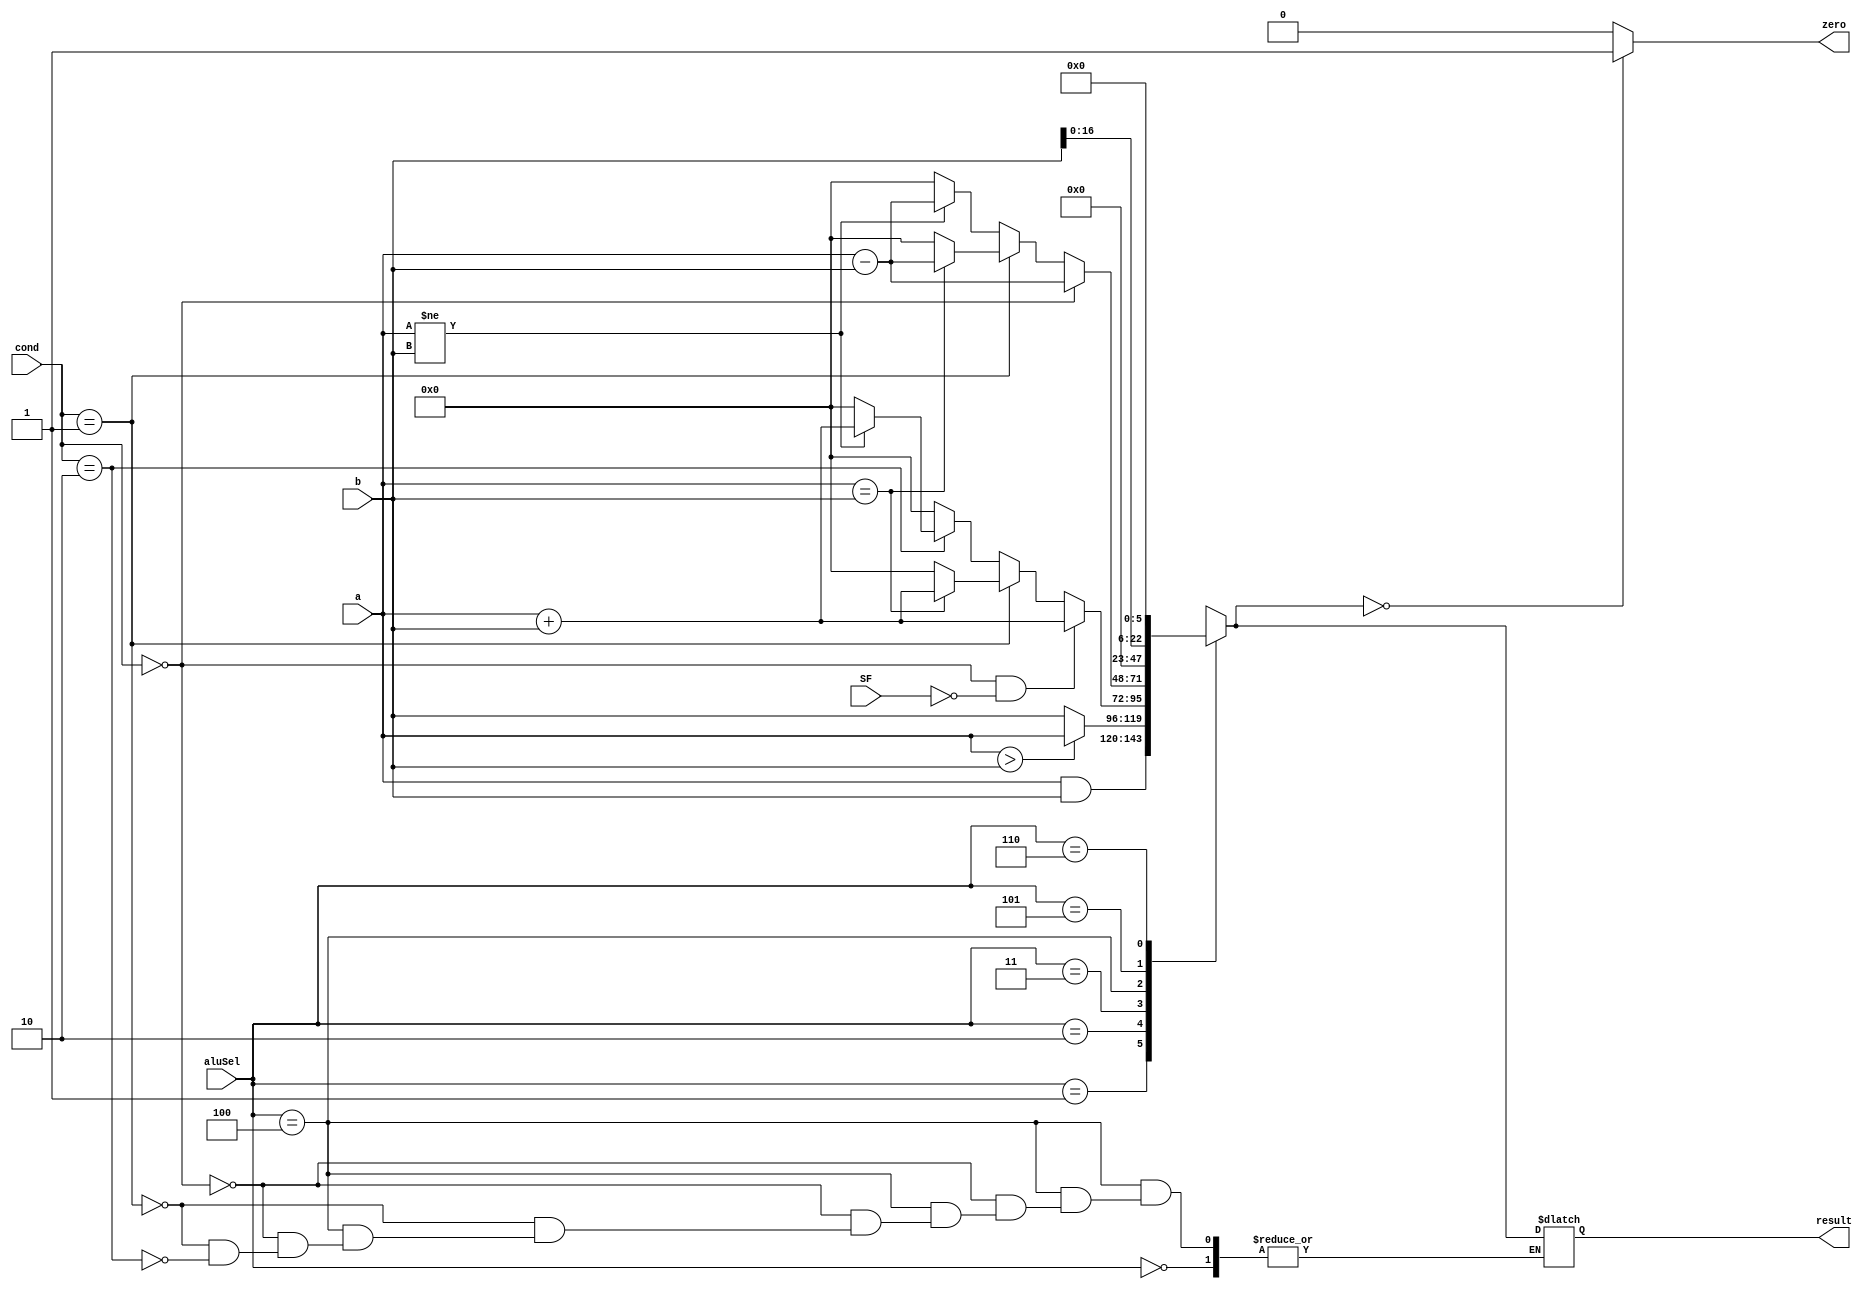
`timescale 1ns / 1ns

module ALU(aluSel, a, b,result, zero,SF,cond);
	input [3:0] aluSel; 
	input [1:0] cond;
	input [23:0] a, b;
	output[23:0] result;
	output zero;
	input SF;
	
	reg [23:0] result = 0;
	reg zero;
	
	always @(*)
	begin
		case (aluSel)		
		    //NOOP OPRATION
			4'd0 : result <= result;
	         // AND
			4'd1 : result = a & b; 	
			//CAS
			4'd2 :if (a>b)
		        	 result = a;
				  else
				   result = b;
			 //ADD
			4'd3 : 
                if (cond==0 && SF==0)  //add                 
			       result= a + b; 

				else if (cond==1)begin //addEQ
				   if (a == b ) begin
			       result= a + b;
				   end

                   else
                   result = 0;
                end

				 else if (cond==2)begin //addNe
				   if (a != b ) begin
			       result= a + b;
				    end 
                    else
                   result = 0;
                 end
            
					else
					result = 0; 
                    
			//SUB
			4'd4 :if (cond==00) begin
                result = a - b; 
             if (SF==0) //sub
             begin
			 zero = 1;
             end

			 else if (SF==1)  //subsf 
             begin
			 zero = a == b; 
             end

			end	

			else if (cond==1) begin //subEQ
              if (a==b) 
			  result = a - b;
			  else
					result = 0;
			end
			else if (cond==2) begin //subNe
			  if (a != b) 
			  result = a - b;
			  else
					result =0;
			end
			//CMP
			4'd5 : if (a < b) begin
			zero = 1;
			result=0;
			end 
			else begin
			zero=0;
			result=0;
			end
			4'd6 : result = {b[16:0], 6'd0}; 	// LUI

			default : result = 23'hxxxx;
		endcase
		
		if (result == 0) zero = 1;
		else zero = 0;
	end
endmodule